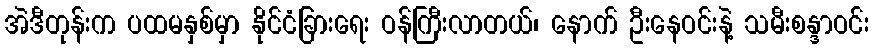
အဲဒီတုန်းက ပထမနှစ်မှာ နိုင်ငံခြားရေး ဝန်ကြီးလာတယ်၊ နောက် ဦးနေဝင်းနဲ့ သမီးစန္ဒာဝင်း